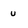
Character: u